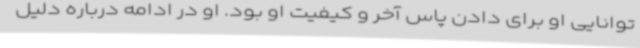
توانایی او برای دادن پاس آخر و کیفیت او بود. او در ادامه درباره دلیل